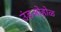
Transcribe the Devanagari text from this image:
उंडओहोळ